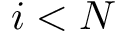
i < N